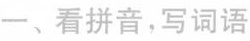
一、看拼音，写词语。